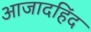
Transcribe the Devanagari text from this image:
आजादहिंद